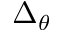
\Delta _ { \theta }